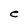
Character: C